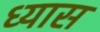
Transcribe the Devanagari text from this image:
ध्‍यास